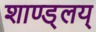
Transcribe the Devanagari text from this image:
शाण्ड्लय्